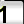
Digit: 1